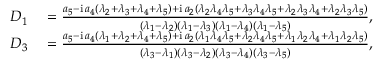
\begin{array} { r l } { D _ { 1 } } & { { } = \frac { a _ { 5 } - \mathrm { i } \, a _ { 4 } ( \lambda _ { 2 } + \lambda _ { 3 } + \lambda _ { 4 } + \lambda _ { 5 } ) + \mathrm { i } \, a _ { 2 } ( \lambda _ { 2 } \lambda _ { 4 } \lambda _ { 5 } + \lambda _ { 3 } \lambda _ { 4 } \lambda _ { 5 } + \lambda _ { 2 } \lambda _ { 3 } \lambda _ { 4 } + \lambda _ { 2 } \lambda _ { 3 } \lambda _ { 5 } ) } { ( \lambda _ { 1 } - \lambda _ { 2 } ) ( \lambda _ { 1 } - \lambda _ { 3 } ) ( \lambda _ { 1 } - \lambda _ { 4 } ) ( \lambda _ { 1 } - \lambda _ { 5 } ) } , } \\ { D _ { 3 } } & { { } = \frac { a _ { 5 } - \mathrm { i } \, a _ { 4 } ( \lambda _ { 1 } + \lambda _ { 2 } + \lambda _ { 4 } + \lambda _ { 5 } ) + \mathrm { i } \, a _ { 2 } ( \lambda _ { 1 } \lambda _ { 4 } \lambda _ { 5 } + \lambda _ { 2 } \lambda _ { 4 } \lambda _ { 5 } + \lambda _ { 1 } \lambda _ { 2 } \lambda _ { 4 } + \lambda _ { 1 } \lambda _ { 2 } \lambda _ { 5 } ) } { ( \lambda _ { 3 } - \lambda _ { 1 } ) ( \lambda _ { 3 } - \lambda _ { 2 } ) ( \lambda _ { 3 } - \lambda _ { 4 } ) ( \lambda _ { 3 } - \lambda _ { 5 } ) } , } \end{array}